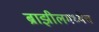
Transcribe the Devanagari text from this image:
ब्राझीलमध्येच